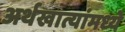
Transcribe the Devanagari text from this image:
अर्थखात्यांमध्ये